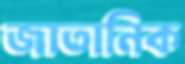
জাতানিক